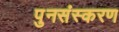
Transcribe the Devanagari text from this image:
पुनसंस्करण